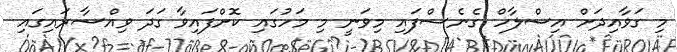
މި ގަވާއިދަށް އިސްލާހް ގެނެސްފައި މިވަނީ މި މަހުގައި ކޮށްފައިވާ ގަދަ ވިއްސާރައިގައި